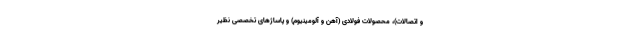
و اتصالات)، محصولات فولادی (آهن و آلومینیوم) و پاساژهای تخصصی نظیر